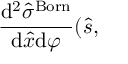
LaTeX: \frac { \mathrm { d } ^ { 2 } \hat { \sigma } ^ { \mathrm { { B o r n } } } } { \mathrm { d } \hat { x } \mathrm { d } \varphi } ( \hat { s } ,